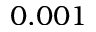
0 . 0 0 1